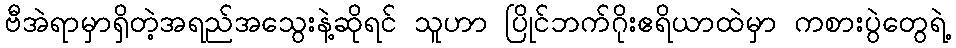
ဗီအဲရာမှာရှိတဲ့အရည်အသွေးနဲ့ဆိုရင် သူဟာ ပြိုင်ဘက်ဂိုးဧရိယာထဲမှာ ကစားပွဲတွေရဲ့